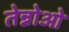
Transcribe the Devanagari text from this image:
तेन्नोओ